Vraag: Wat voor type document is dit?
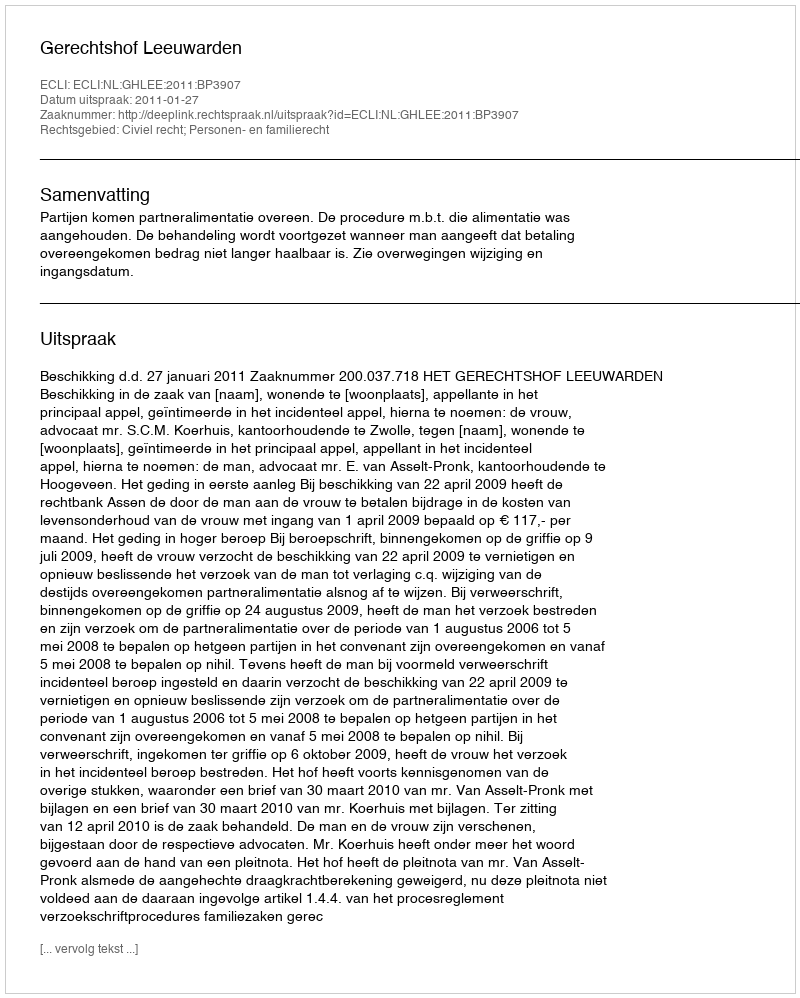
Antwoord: Uitspraak